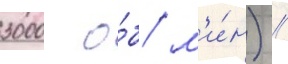
3000 о́б/ м'и́н) //